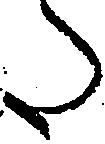
た